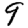
Digit: 9